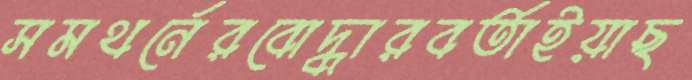
সমথর্নেরবোদ্ধারবর্তাইয়াছ